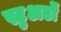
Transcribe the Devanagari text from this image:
स्टुअर्टों